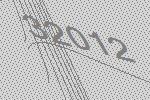
32012